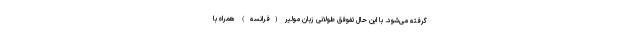
گرفته می‌شود. با این حال تفوفق طولانی زبان مولیر (فرانسه) همراه با